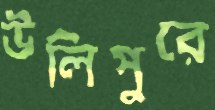
উলিপুরে